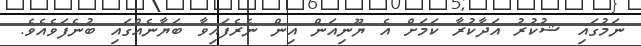
ނަމުގައި ޝުކުރު އަދާކުރާ ކަމަށް އެ ޔޫނިއަން އިން ނެރެފައިވާ ބަޔާނެއްގައި ބުނެފަވެއެވެ.